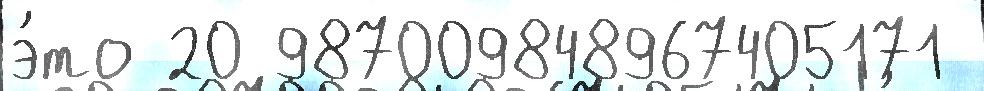
э́то 20 987009848967405171